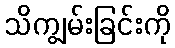
သိကျွမ်းခြင်းကို